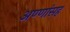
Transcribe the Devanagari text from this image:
अण्णांसह